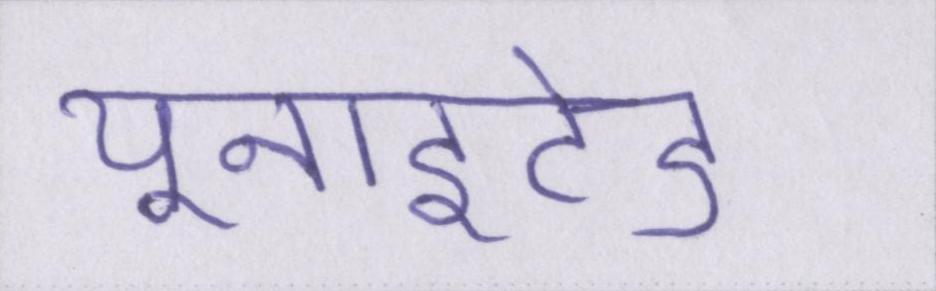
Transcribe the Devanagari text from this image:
यूनाइटेड